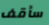
سأقف